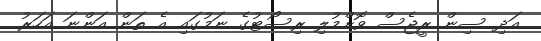
އަދި ސިން ރީޖެސް ވޮށްމުލި ރިސޯޓުގެ ނަމުގައި އެ ތަން އަންނަ އަހަރު